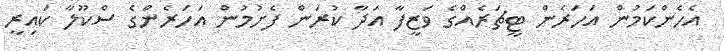
އެހެންކަމުން އަހަރެން ޓީޗަރެއްގެ ވަޒީފާ އަދާ ކުރަން ފެށުމުން އަހަރެންގެ ސްކޫލާ ކައިރީ